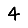
Digit: 4